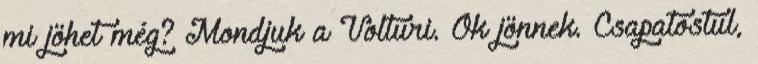
mi jöhet még? Mondjuk a Volturi. Ők jönnek. Csapatostul,